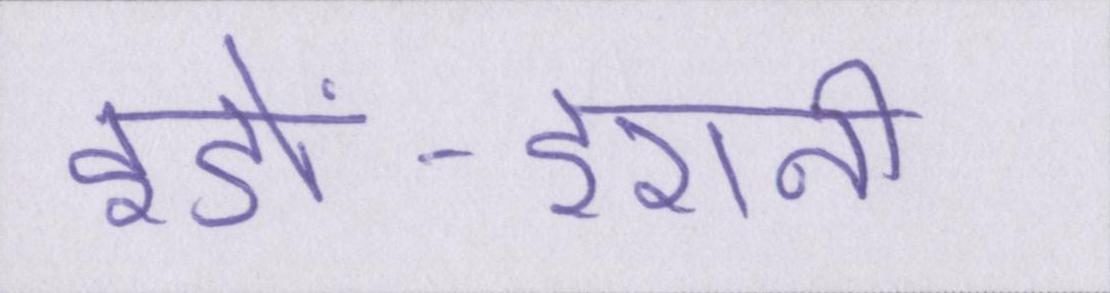
इंडो-ईरानी